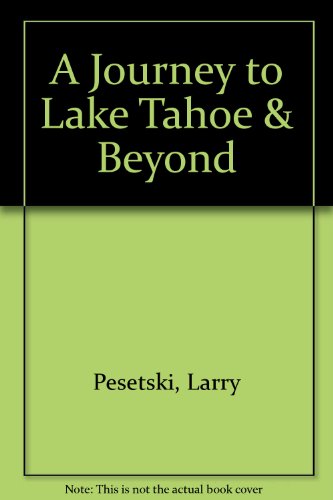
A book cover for A Journey to Lake Tahoe & Beyond; Larry Pesetski; Travel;